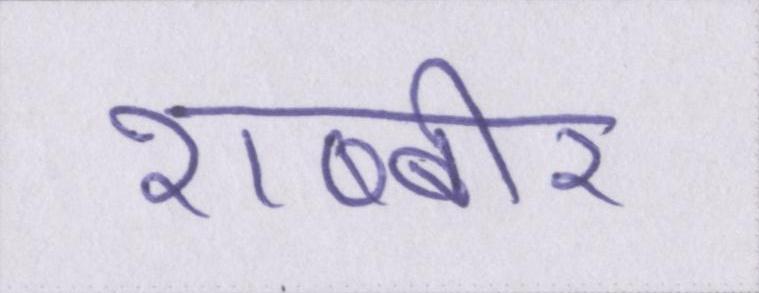
शब्बीर